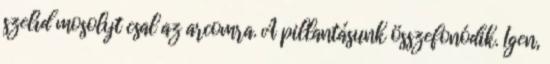
szelíd mosolyt csal az arcomra. A pillantásunk összefonódik. Igen,